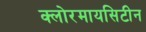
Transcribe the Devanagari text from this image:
क्लोरमायसिटीन